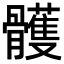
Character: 𩪭